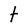
Character: t